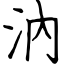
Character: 汭